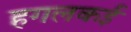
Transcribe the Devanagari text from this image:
हगलकई